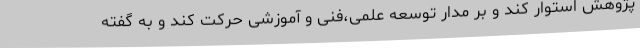
پژوهش استوار کند و بر مدار توسعه علمی،فنی و آموزشی حرکت کند و به گفته